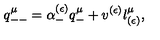
q _ { -- } ^ { \mu } = \alpha _ { - } ^ { ( \epsilon ) } q _ { - } ^ { \mu } + v ^ { ( \epsilon ) } l _ { ( \epsilon ) } ^ { \mu } ,